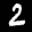
Label: 2